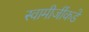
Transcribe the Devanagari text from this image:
स्वामीजींकडे